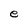
Character: e